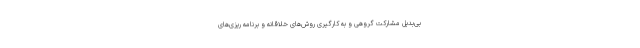
بی‌بدیل مشارکت گروهی و به کارگیری روش‌های خلاقانه و برنامه ریزی‌های